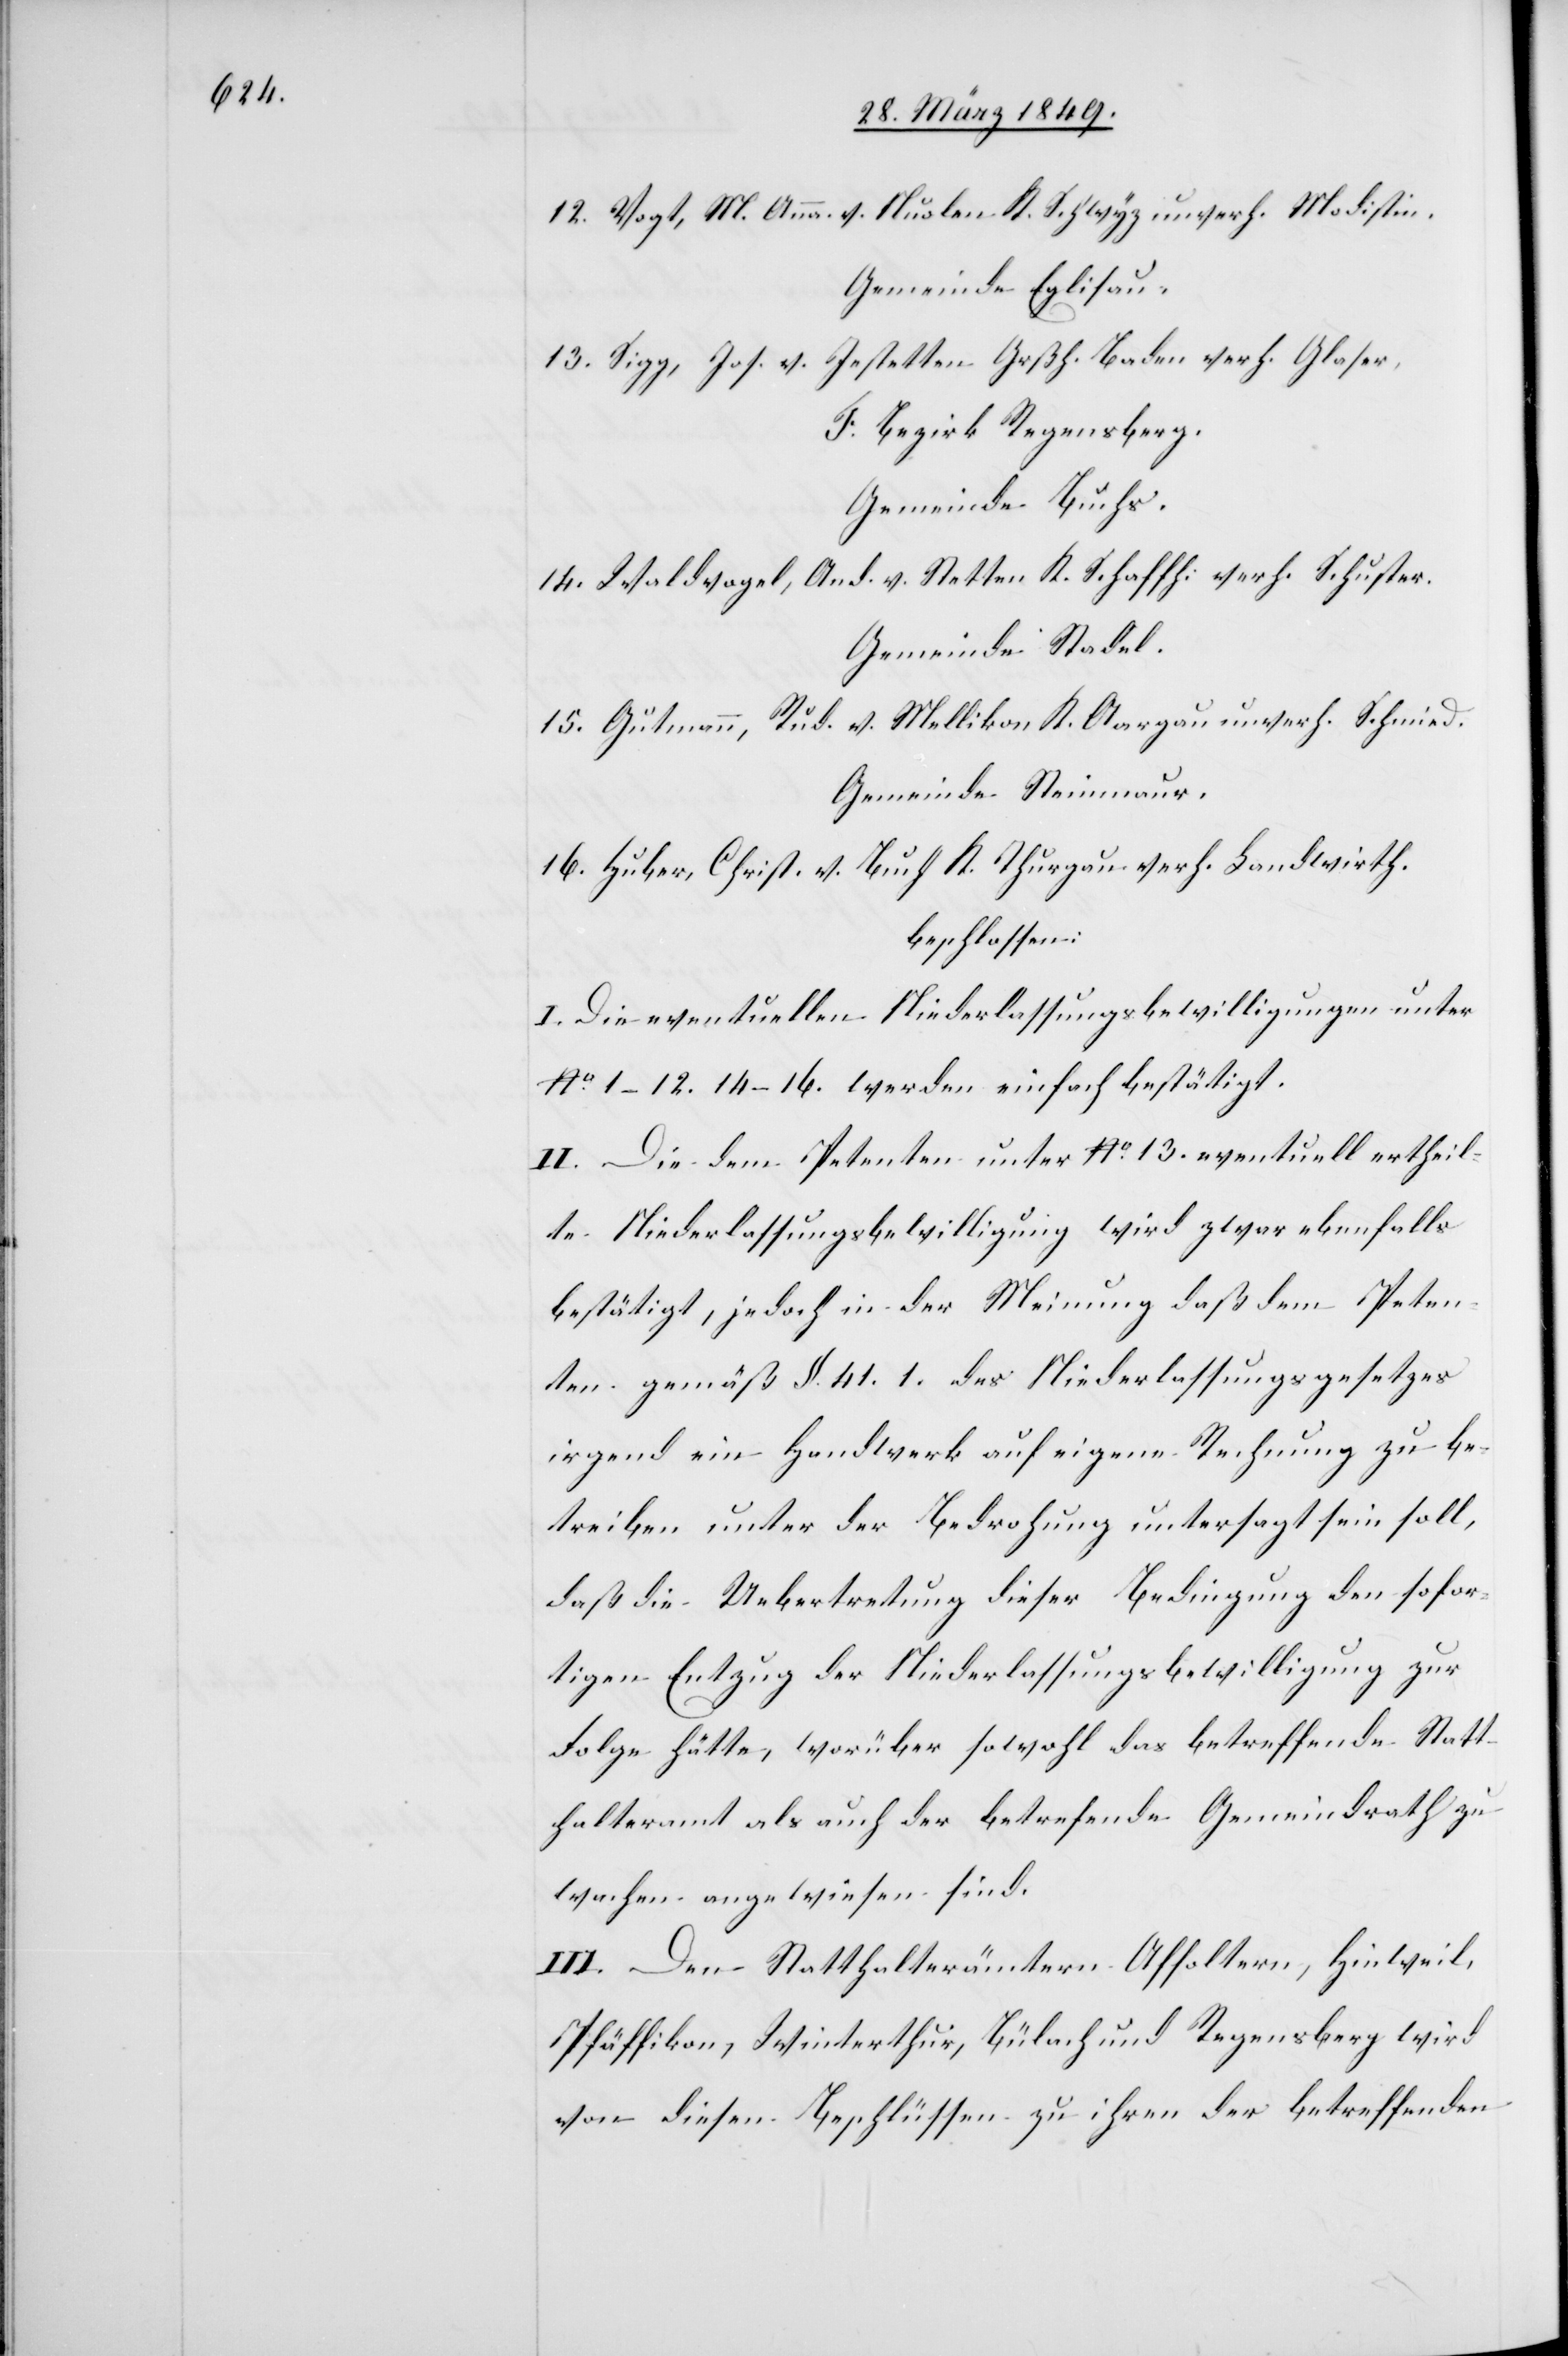
12. Vogt, M. Anna. v. Nuolen K. Schwyz unverh. Modistin.
Gemeinde Eglisau.
13. Sigg, Jos. v. Jestetten Grßh. Baden verh. Glaser,
F. Bezirk Regensberg.
Gemeinde Buchs.
14. Waldvogel, And. v. Stetten K. Schaffh: verh. Schuster.
Gemeinde Stadel.
15. Gutmann, Rud. v. Mellikon K. Aargau unverh. Schmied.
Gemeinde Steinmaur.
16. Huber, Christ. v. Buch K. Thurgau verh. Landwirth.
beschlossen:
I. Die eventuellen Niederlassungsbewilligungen unter
No. 1–12. 14–16. werden einfach bestätigt.
II. Die dem Petenten unter No. 13. eventuell ertheil¬
te Niederlassungsbewilligung wird zwar ebenfalls
bestätigt, jedoch in der Meinung daß dem Peten¬
ten gemäß §. 41. 1. des Niederlassungsgesetzes
irgend ein Handwerk auf eigene Rechnung zu be¬
treiben unter der Bedrohung untersagt sein soll,
daß die Uebertretung dieser Bedingung den sofor¬
tigen Entzug der Niederlassungsbewilligung zur
Folge hätte, worüber sowohl das betreffende Statt¬
halteramt als auch der betrefende [sic!] Gemeindrath zu
wachen angewiesen sind.
III. Den Statthalterämtern Affoltern, Hinweil,
Pfäffikon, Winterthur, Bülach und Regensberg wird
von diesen Beschlüssen zu ihren [und] der betreffenden